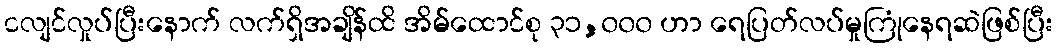
ငလျင်လှုပ်ပြီးနောက် လက်ရှိအချိန်ထိ အိမ်ထောင်စု ၃၁,၀၀၀ ဟာ ရေပြတ်လပ်မှုကြုံနေရဆဲဖြစ်ပြီး